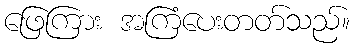
ဖြေကြား အကြံပေးတတ်သည်။